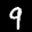
Label: 9